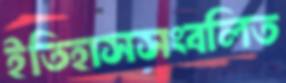
ইতিহাসসংবলিত